Document type: Sale
Year: 1440
Scribe: Pere Pau Pujades
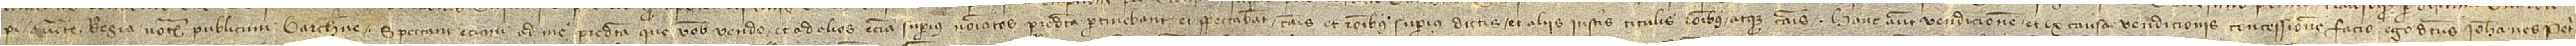
Pi, auctoritate notarium publicum Barchinone. Spectant etiam ad me predicta que vobis vendo et ad alios etiam superius nominatos predicta pertinebant et spectabant causis et rationibus superius dictis et aliis iustis titulis et omnibus atque causis. Hanc autem vendicionem et ex causa vendicionis concessionem facio ego dictus Iohannes Petri